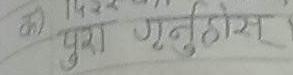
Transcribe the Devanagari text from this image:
क) पुरा गर्नुहोस